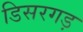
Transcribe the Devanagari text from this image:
डिसरगड़